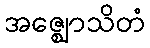
အဇ္ဈောသိတံ